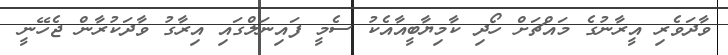
ވާދަވެރި އީރާނުގެ މައްޗަށް ހޯދި ކާމިޔާބީއާއެކު ސެމީ ފައިނަލްގައި އިރާގު ވާދަކުރާން ޖެހޭނީ